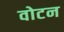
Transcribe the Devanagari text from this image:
वोटन